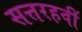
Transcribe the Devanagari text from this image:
सत्तरहवीं